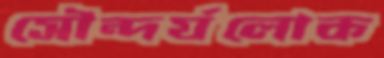
সৌন্দর্যলোক